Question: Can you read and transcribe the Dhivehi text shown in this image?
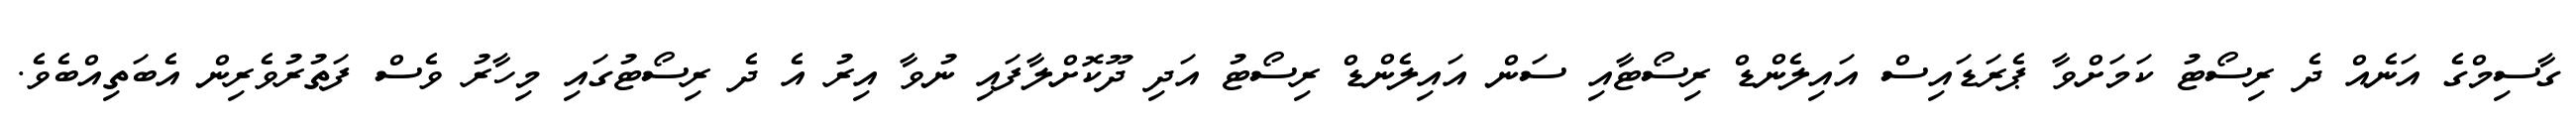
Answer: ގާސިމްގެ އަނެއް ދެ ރިސޯޓު ކަމަށްވާ ޕެރަޑައިސް އައިލެންޑް ރިސޯޓާއި ސަން އައިލެންޑް ރިސޯޓު އަދި ދޫކޮށްލާފައި ނުވާ އިރު އެ ދެ ރިސޯޓުގައި މިހާރު ވެސް ފަތުރުވެރިން އެބަތިއްބެވެ.